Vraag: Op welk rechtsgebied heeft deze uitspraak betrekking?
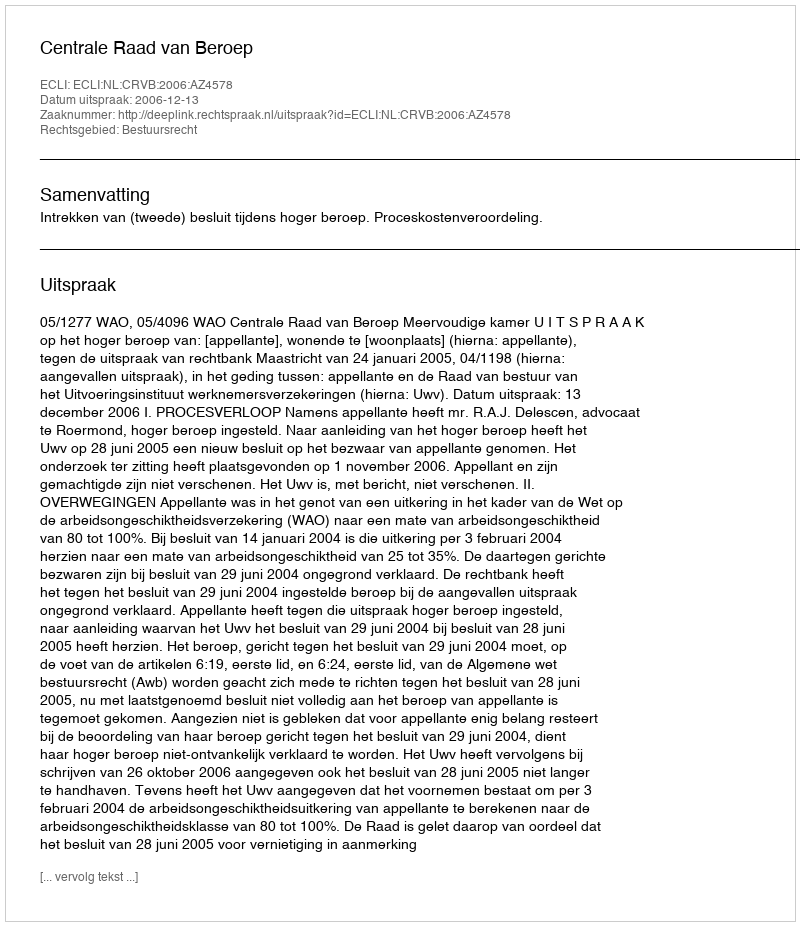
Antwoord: Bestuursrecht